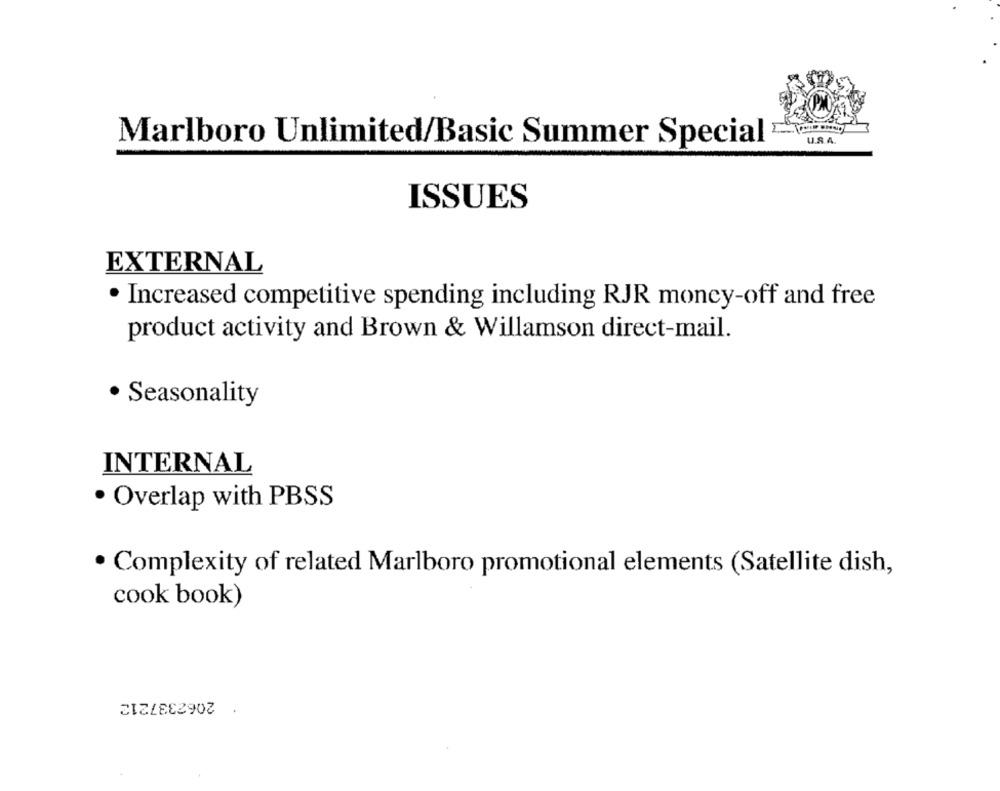
U.S.A.
Marlboro Unlimited/Basic Summer Special
ISSUES
EXTERNAL
· Increased competitive spending including RJR money-off and free
product activity and Brown & Willamson direct-mail.
· Seasonality
INTERNAL
· Overlap with PBSS
· Complexity of related Marlboro promotional elements (Satellite dish,
cook book)
2062337212